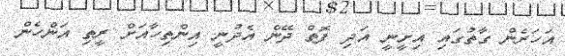
އަހަރެން ގާތުގައި އިށީނީ އަދި ފޮތް ދޭން އެދުނީ އިންތިހާއަށް ރީތި އަންހެން